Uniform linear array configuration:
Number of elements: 12
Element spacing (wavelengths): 0.75
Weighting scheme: binomial
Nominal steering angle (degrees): -60
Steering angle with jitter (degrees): -58.927
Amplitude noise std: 0.05
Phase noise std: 0.05

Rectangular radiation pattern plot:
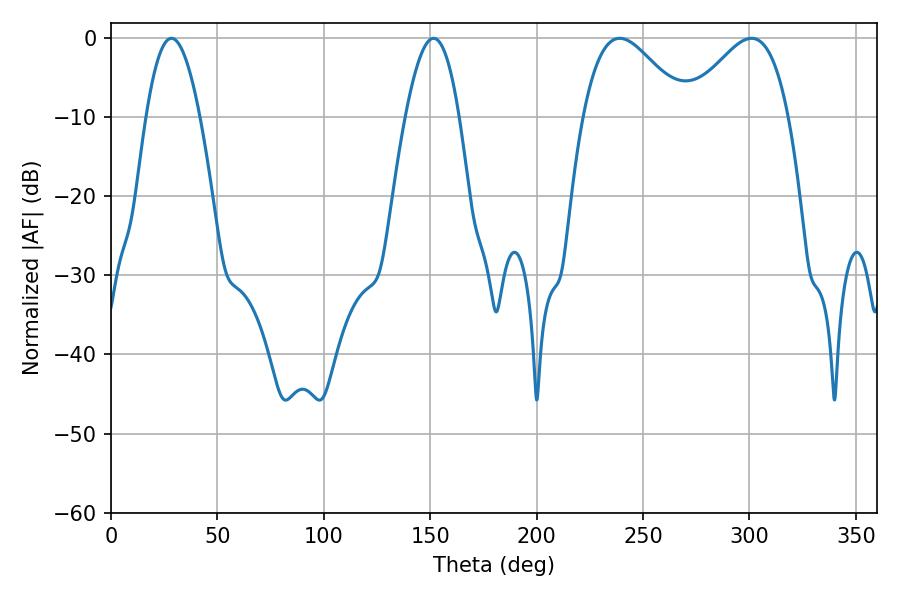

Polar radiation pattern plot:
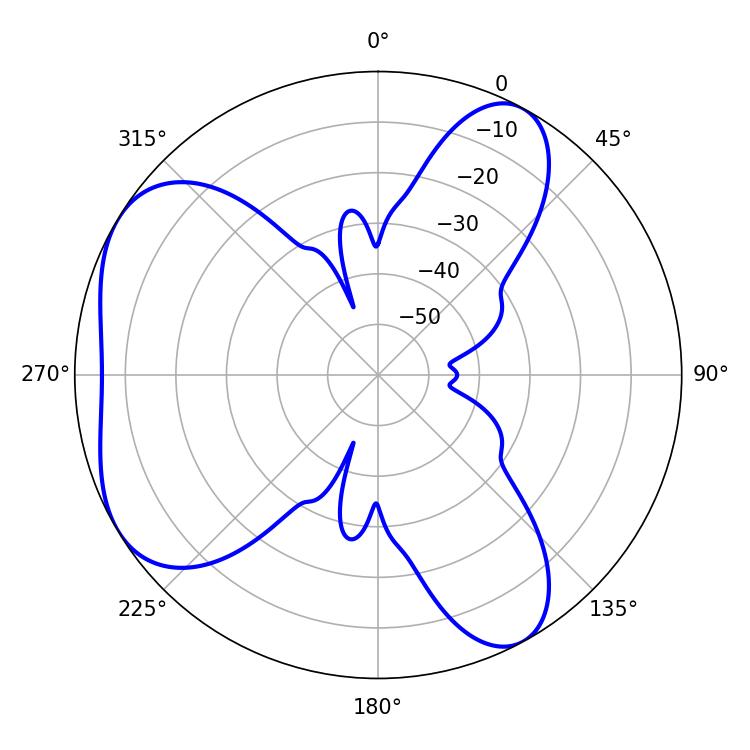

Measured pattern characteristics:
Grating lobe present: TRUE
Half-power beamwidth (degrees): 25.74
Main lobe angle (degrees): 239.04